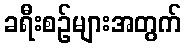
ခရီးစဉ်များအတွက်